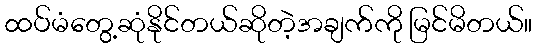
ထပ်မံတွေ့ဆုံနိုင်တယ်ဆိုတဲ့အချက်ကို မြင်မိတယ်။